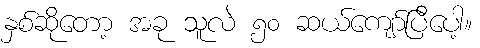
နှစ်ဆိုတော့ အခု သူလဲ ၅၀ ဆယ်ကျော်ပြီပေါ့။